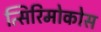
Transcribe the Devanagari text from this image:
त्सिरिमोकोस